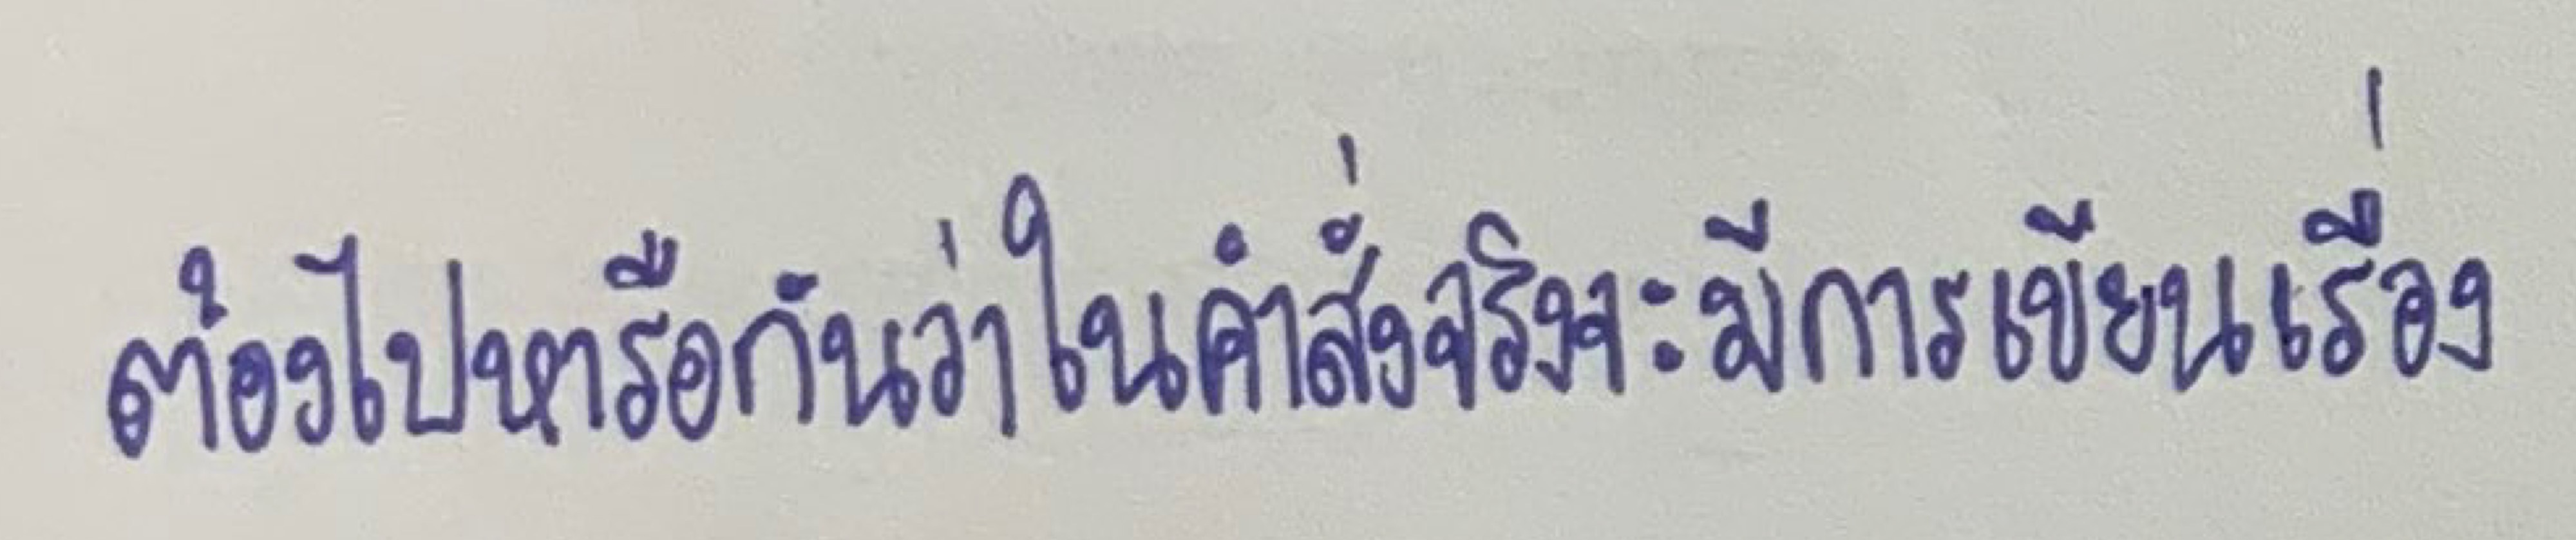
ต้องไปหารือกันว่าในคำสั่งจริงจะมีการเขียนเรื่อง